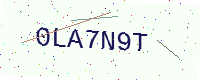
Text: 0LA7N9T